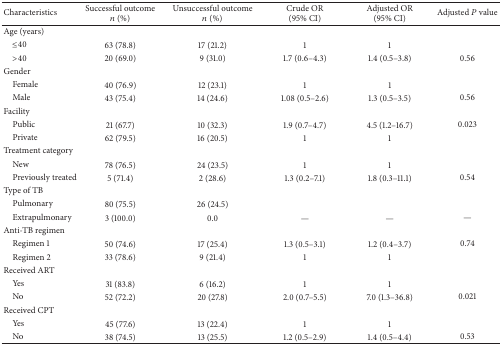
| Characteristics | Successful outcomen (%) | Unsuccessful outcomen (%) | Crude OR(95% CI) | Adjusted OR (95% CI) | Adjusted P value |
 | --- | --- | --- | --- | --- | --- |
 | Age (years) |  |  |  |  |  |
 | ≤40 | 63 (78.8) | 17 (21.2) | 1 | 1 |  |
 | >40 | 20 (69.0) | 9 (31.0) | 1.7 (0.6–4.3) | 1.4 (0.5–3.8) | 0.56 |
 | Gender |  |  |  |  |  |
 | Female | 40 (76.9) | 12 (23.1) | 1 | 1 |  |
 | Male | 43 (75.4) | 14 (24.6) | 1.08 (0.5–2.6) | 1.3 (0.5–3.5) | 0.56 |
 | Facility |  |  |  |  |  |
 | Public | 21 (67.7) | 10 (32.3) | 1.9 (0.7–4.7) | 4.5 (1.2–16.7) | 0.023 |
 | Private | 62 (79.5) | 16 (20.5) | 1 | 1 |  |
 | Treatment category |  |  |  |  |  |
 | New | 78 (76.5) | 24 (23.5) | 1 | 1 |  |
 | Previously treated | 5 (71.4) | 2 (28.6) | 1.3 (0.2–7.1) | 1.8 (0.3–11.1) | 0.54 |
 | Type of TB |  |  |  |  |  |
 | Pulmonary | 80 (75.5) | 26 (24.5) |  |  |  |
 | Extrapulmonary | 3 (100.0) | 0.0 | — | — | — |
 | Anti-TB regimen |  |  |  |  |  |
 | Regimen 1 | 50 (74.6) | 17 (25.4) | 1.3 (0.5–3.1) | 1.2 (0.4–3.7) | 0.74 |
 | Regimen 2 | 33 (78.6) | 9 (21.4) | 1 | 1 |  |
 | Received ART |  |  |  |  |  |
 | Yes | 31 (83.8) | 6 (16.2) | 1 | 1 |  |
 | No | 52 (72.2) | 20 (27.8) | 2.0 (0.7–5.5) | 7.0 (1.3–36.8) | 0.021 |
 | Received CPT |  |  |  |  |  |
 | Yes | 45 (77.6) | 13 (22.4) | 1 | 1 |  |
 | No | 38 (74.5) | 13 (25.5) | 1.2 (0.5–2.9) | 1.4 (0.5–4.4) | 0.53 |